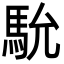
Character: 馻